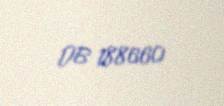
DB 188660